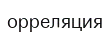
орреляция